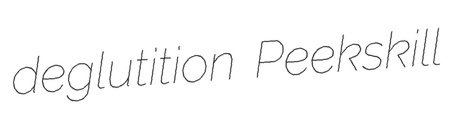
deglutition Peekskill